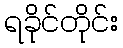
ရခိုင်တိုင်း